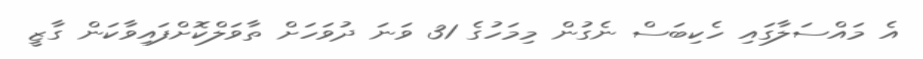
އެ މައްސަލާގައި ހެކިބަސް ނެގުން މިމަހުގެ 31 ވަނަ ދުވަހަށް ތާވަލްކޮށްފައިވާކަން ގާޒީ